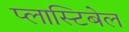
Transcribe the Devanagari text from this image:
प्लास्टिबेल